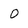
Character: O